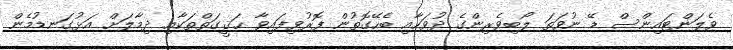
ވެލަންޓައިންސް ޑޭ ނުވަތަ ލޯބިވެރިންގެ ދުވަހާއި ބެހޭގޮތުން ފޮރުވިފައިވާ ޙަޤީގަތްތަކާއި ދިމާލަށް އަޅުގަނޑުމެން